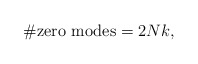
\begin{align*}\# \hbox {zero modes} = 2 Nk, \end{align*}